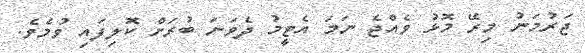
ޖަރުމަނު މިރޭ މޮޅު ވެއްޖެ ނަމަ އެޓީމު ދެވަނަ ބުރަށް ކޮލިފައި ވުމެވެ.